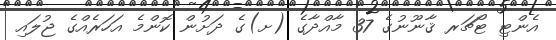
އެންޓި ޓޯޗަރ ޤާނޫނުގެ 37 މާއްދާގެ (ށ)ގެ ދަށުން ކޮންމެ އަހަރެއްގެ ޖުލައި